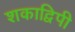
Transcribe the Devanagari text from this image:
शकाद्विपी